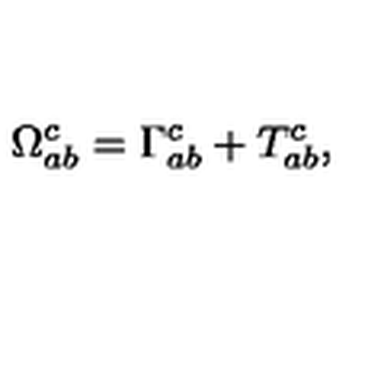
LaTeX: \Omega _ { a b } ^ { c } = \Gamma _ { a b } ^ { c } + T _ { a b } ^ { c } ,